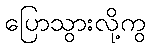
ပြောသွားလို့ကွ